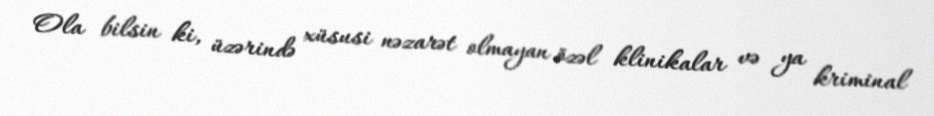
Ola bilsin ki, üzərində xüsusi nəzarət olmayan özəl klinikalar və ya kriminal